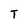
Character: T